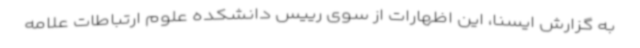
به گزارش ایسنا، این اظهارات از سوی رییس دانشکده علوم ارتباطات علامه